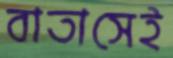
বাতাসেই